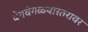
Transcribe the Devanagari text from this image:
वेगवेगळ्यास्तरावर